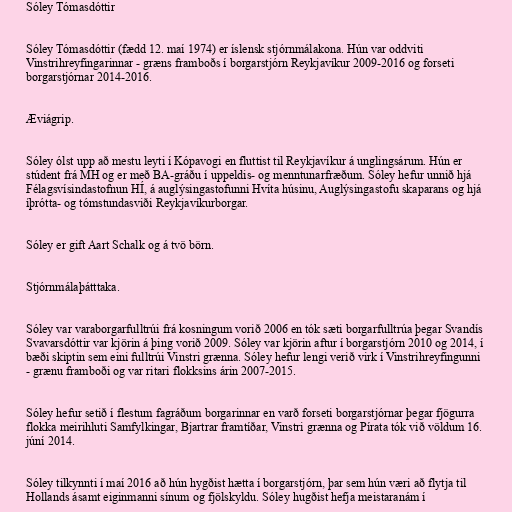
Sóley Tómasdóttir

Sóley Tómasdóttir (fædd 12. maí 1974) er íslensk stjórnmálakona. Hún var oddviti
Vinstrihreyfingarinnar - græns framboðs í borgarstjórn Reykjavíkur 2009-2016 og forseti
borgarstjórnar 2014-2016.

Æviágrip.

Sóley ólst upp að mestu leyti í Kópavogi en fluttist til Reykjavíkur á unglingsárum. Hún er
stúdent frá MH og er með BA-gráðu í uppeldis- og menntunarfræðum. Sóley hefur unnið hjá
Félagsvísindastofnun HÍ, á auglýsingastofunni Hvíta húsinu, Auglýsingastofu skaparans og hjá
íþrótta- og tómstundasviði Reykjavíkurborgar.

Sóley er gift Aart Schalk og á tvö börn.

Stjórnmálaþátttaka.

Sóley var varaborgarfulltrúi frá kosningum vorið 2006 en tók sæti borgarfulltrúa þegar Svandís
Svavarsdóttir var kjörin á þing vorið 2009. Sóley var kjörin aftur í borgarstjórn 2010 og 2014, í
bæði skiptin sem eini fulltrúi Vinstri grænna. Sóley hefur lengi verið virk í Vinstrihreyfingunni
- grænu framboði og var ritari flokksins árin 2007-2015.

Sóley hefur setið í flestum fagráðum borgarinnar en varð forseti borgarstjórnar þegar fjögurra
flokka meirihluti Samfylkingar, Bjartrar framtíðar, Vinstri grænna og Pírata tók við völdum 16.
júní 2014.

Sóley tilkynnti í maí 2016 að hún hygðist hætta í borgarstjórn, þar sem hún væri að flytja til
Hollands ásamt eiginmanni sínum og fjölskyldu. Sóley hugðist hefja meistaranám í